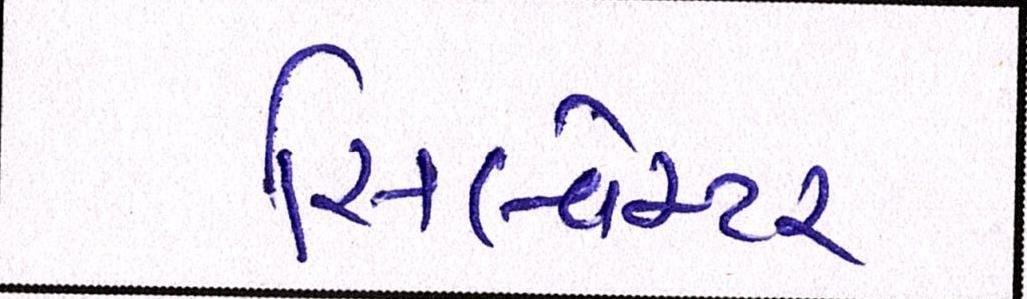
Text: સિલ્વેસ્ટર